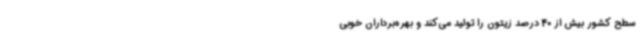
سطح کشور بیش از 40 درصد زیتون را تولید می‌کند و بهره‌برداران خوبی